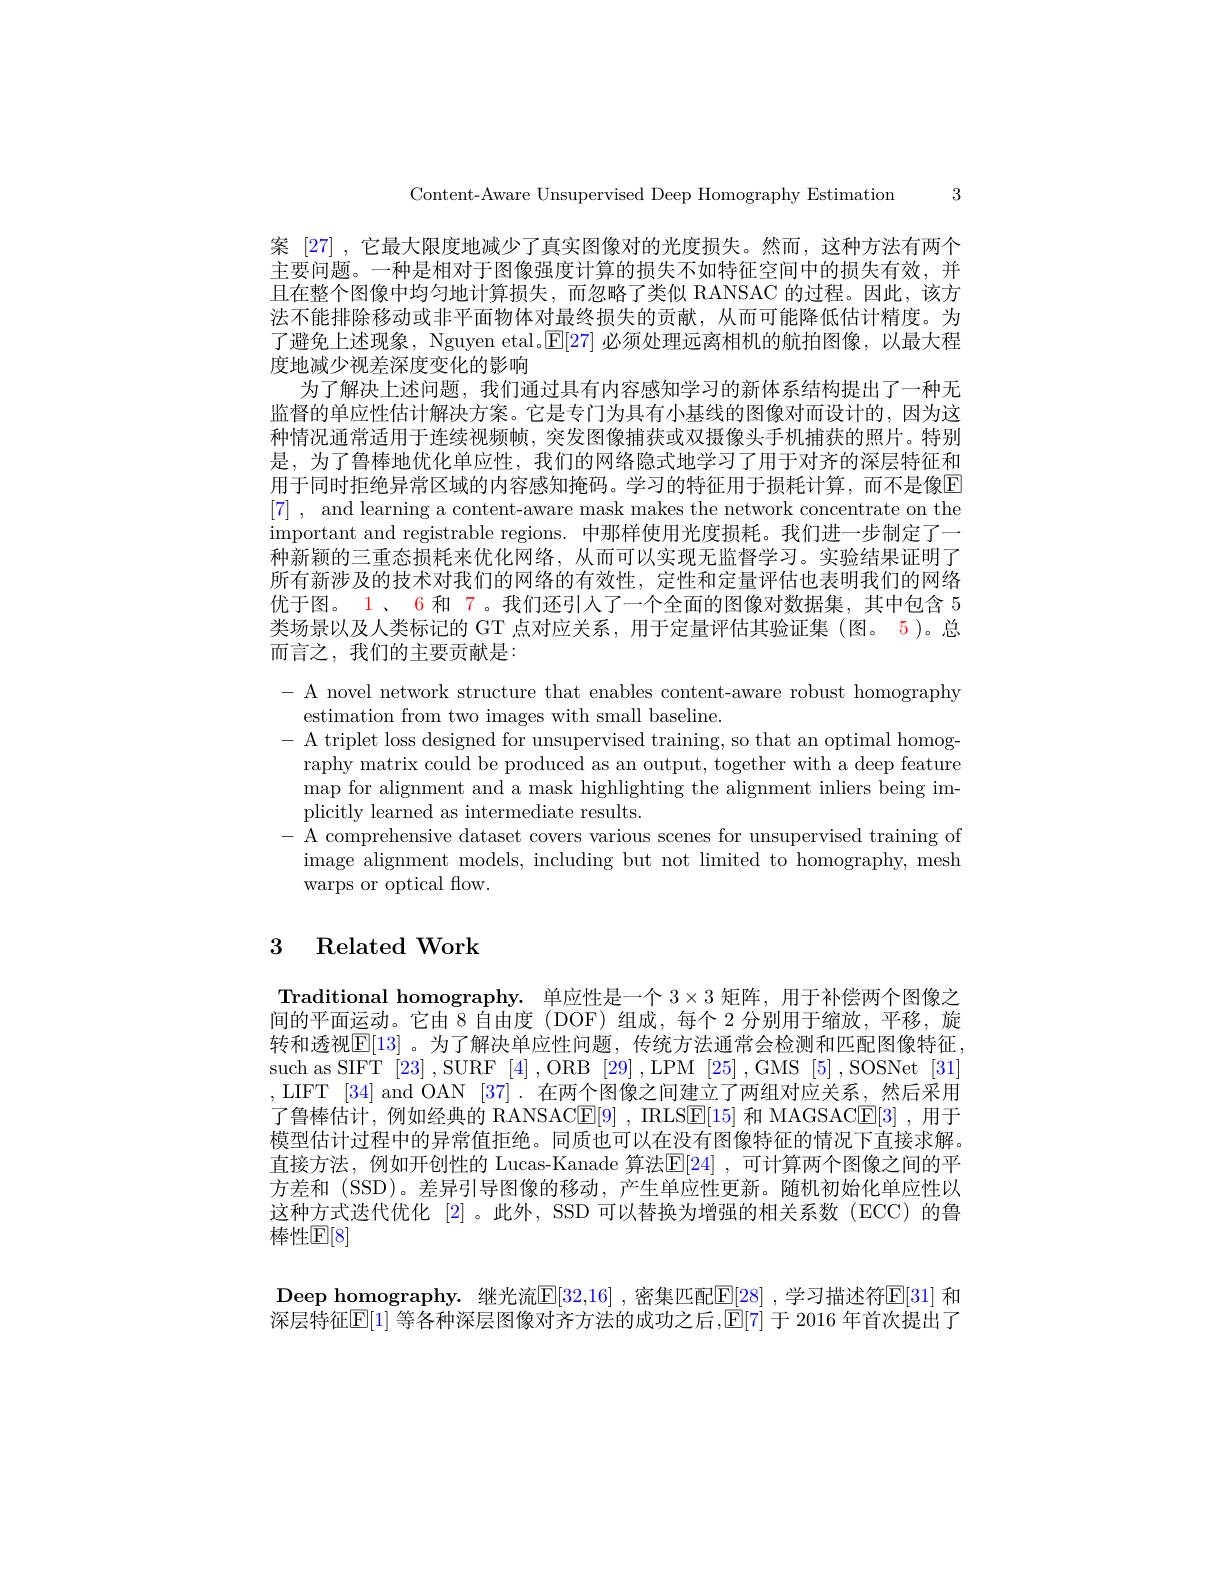
Content-Aware Unsupervised Deep Homography Estimation 3

案 [27] , 它最大限度地减少了真实图像对的光度损失。然而，这种方法有两个主要问题。一种是相对于图像强度计算的损失不如特征空间中的损失有效，并且在整个图像中均匀地计算损失，而忽略了类似 RANSAC 的过程。因此，该方法不能排除移动或非平面物体对最终损失的贡献，从而可能降低估计精度。为了避免上述现象，Nguyen etal.$\mathbb{E}[27]$必须处理远离相机的航拍图像，以最大程度地减少视差深度变化的影响
为了解决上述问题，我们通过具有内容感知学习的新体系结构提出了一种无监督的单应性估计解决方案。它是专门为具有小基线的图像对而设计的，因为这种情况通常适用于连续视频帧，突发图像捕获或双摄像头手机捕获的照片。特别是，为了鲁棒地优化单应性，我们的网络隐式地学习了用于对齐的深层特征和用于同时拒绝异常区域的内容感知掩码。学习的特征用于损耗计算，而不是像E [7] , and learning a content-aware mask makes the network concentrate on the important and registrable regions. 中那样使用光度损耗。我们进一步制定了一种新颖的三重态损耗来优化网络，从而可以实现无监督学习。实验结果证明了所有新涉及的技术对我们的网络的有效性，定性和定量评估也表明我们的网络优于图。1、 6 和 7。我们还引人了一个全面的图像对数据集，其中包含 5类场景以及人类标记的 GT 点对应关系，用于定量评估其验证集 (图。5)。总而言之，我们的主要贡献是：
- A novel network structure that enables content-aware robust homography
estimation from two images with small baseline.
- A triplet loss designed for unsupervised training, so that an optimal homog-
raphy matrix could be produced as an output, together with a deep feature map for alignment and a mask highlighting the alignment inliers being implicitly learned as intermediate results.
- A comprehensive dataset covers various scenes for unsupervised training of
image alignment models, including but not limited to homography, mesh
warps or optical flow.

# 3 Related Work

Traditional homography. 单应性是一个 $3\times3$ 矩阵，用于补偿两个图像之间的平面运动。它由 8 自由度 (DOF) 组成，每个 2 分别用于缩放，平移，旋转和透视$\mathbb{E}[13]$ 。为了解决单应性问题，传统方法通常会检测和匹配图像特征such as SIFT [23] , SURF [4] , ORB [29] , LPM [25] , GMS [5] , SOSNet [31] ,LIFT [34] and OAN [37].在两个图像之间建立了两组对应关系，然后采用了鲁棒估计，例如经典的 RANSACE[9] , IRLSE[15] 和 MAGSAC[E[3] ,用于模型估计过程中的异常值拒绝。同质也可以在没有图像特征的情况下直接求解直接方法，例如开创性的 Lucas-Kanade 算法$\mathbb{E} [ 24]$ , 可计算两个图像之间的平方差和 (SSD)。差异引导图像的移动，产生单应性更新。随机初始化单应性以这种方式迭代优化 [2]。此外，SSD 可以替换为增强的相关系数 (ECC) 的鲁棒性$\mathbb{E}[8]$

Deep homography. 继光流$\underline{\mathbb{E}}[32,16]$ ,密集匹配$\underline{\mathbb{E}}[28]$ ,学习描述符$\underline{\mathbb{E}}[31]$ 和深层特征$\mathbb{E}[1]$ 等各种深层图像对齐方法的成功之后，$\mathbb{E}[7]$ 于 2016 年首次提出了